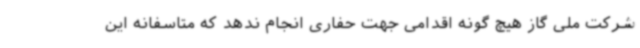
شرکت ملی گاز هیچ گونه اقدامی جهت حفاری انجام ندهد که متاسفانه این